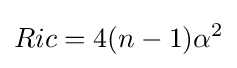
Ric=4(n-1)\alpha ^{2}